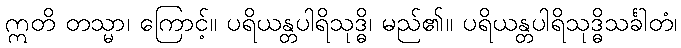
ဣတိ တသ္မာ၊ ကြောင့်။ ပရိယန္တပါရိသုဒ္ဓိ၊ မည်၏။ ပရိယန္တပါရိသုဒ္ဓိသင်္ခါတံ၊